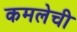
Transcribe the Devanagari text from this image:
कमलेची